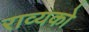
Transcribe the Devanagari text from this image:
राव्यको